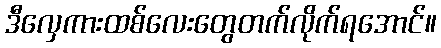
ဒီလှေကားထစ်လေးတွေတက်လိုက်ရအောင်။